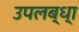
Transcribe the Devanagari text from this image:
उपलब्ध्‍ा